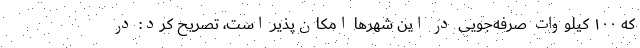
که ۱۰۰ کیلووات صرفه‌جویی در این شهرها امکان‌پذیر است، تصریح کرد: در